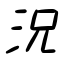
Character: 況